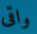
واقى